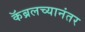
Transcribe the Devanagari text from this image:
कॅब्रलच्यानंतर